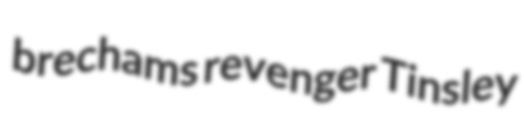
brechams revenger Tinsley